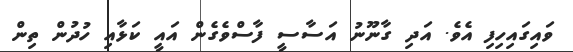
ވައިގައިހިފި އެވެ. އަދި ގާނޫނު އަސާސީ ފާސްވެގެން އައީ ކަޅާއި ހުދުން ތިން